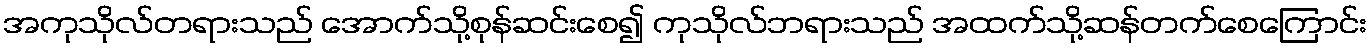
အကုသိုလ်တရားသည် အောက်သို့စုန်ဆင်းစေ၍ ကုသိုလ်ဘရားသည် အထက်သို့ဆန်တက်စေကြောင်း